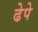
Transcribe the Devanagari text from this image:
ढेपे